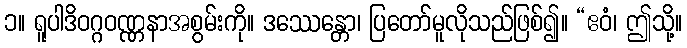
၁။ ရူပါဒိဝဂ္ဂဝဏ္ဏနာအစွမ်းကို။ ဒဿေန္တော၊ ပြတော်မူလိုသည်ဖြစ်၍။ “ဧဝံ၊ ဤသို့။